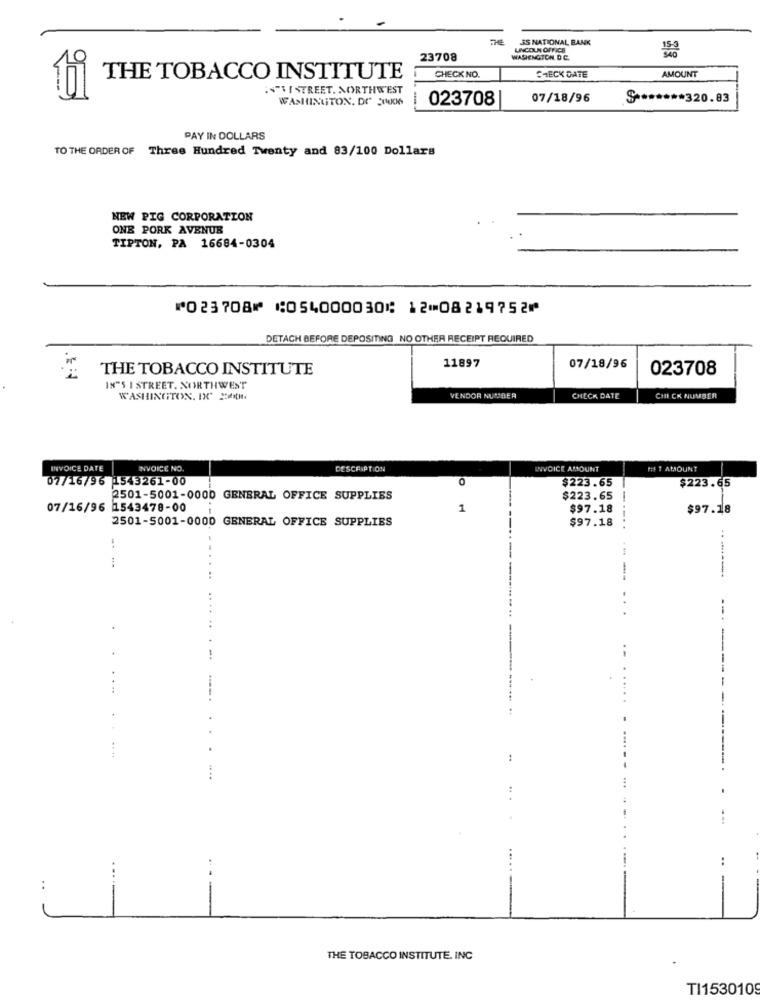
THE JS NATIONAL BANK
LINCOLN OFFICE
23708
WASIENGTON. D.C.
AMOUNT
THE TOBACCO INSTITUTE
CHECK NO.
CHECK DATE
:N"VISTREET. NORTHWEST
WASHINGTON, DC 201006
023708
07/18/96
******** 320.83
PAY IN DOLLARS
TO THE ORDER OF Three Hundred Twenty and 83/100 Dollars
NEW PIG CORPORATION
ONE PORK AVENUE
TIPTON, PA 16684-0304
⑈023708⑈ ⑆054000030⑆ 12⑉08219752⑈
DETACH BEFORE DEPOSITING NO OTHER RECEIPT REQUIRED
THE TOBACCO INSTITUTE
11897
07/18/96
023708
IN"S I STREET. NORTHWEST
WASHINGTON, DC 2.
VENDOR NUMBER
CHECK DATE
CHICK NUMBER
INVOICE DATE
INVOICE NO.
DESCRIPTION
INVOICE AMOUNT
MIT AMOUNT
07/16/96 1543261-00
0
$223.65
$223.65
2501-5001-0000 GENERAL OFFICE SUPPLIES
$223.65
07/16/96 1543478-00
1
$97.18
$97.18
2501-5001-0000 GENERAL OFFICE SUPPLIES
$97.18
--.
--
--------
. ..
....
-
..
...
..
THE TOBACCO INSTITUTE. INC
TI153010